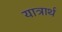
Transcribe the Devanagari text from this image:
यात्रार्थ